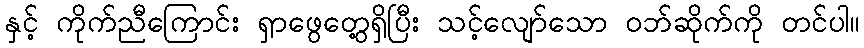
နှင့် ကိုက်ညီကြောင်း ရှာဖွေတွေ့ရှိပြီး သင့်လျော်သော ဝဘ်ဆိုက်ကို တင်ပါ။